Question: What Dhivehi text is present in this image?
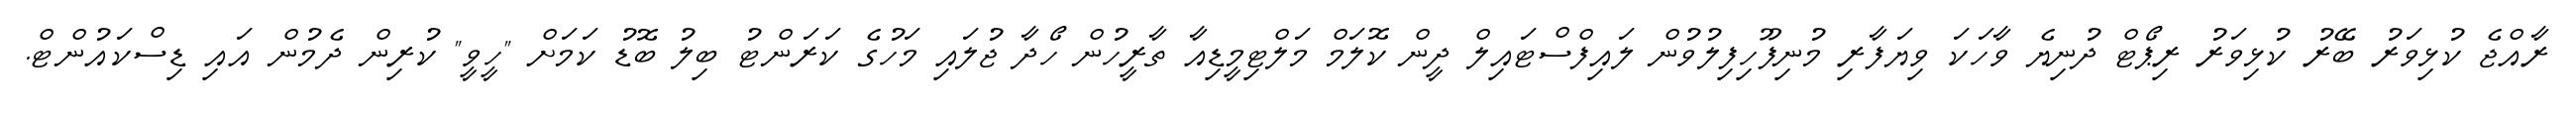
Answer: ރާއްޖެ ކުޅިވަރު ބޭރު ކުޅިވަރު ރިޕޯޓް ދުނިޔެ ވާހަކަ ވިޔަފާރި މުނިފޫހިފިލުވުން ލައިފްސްޓައިލް ދީން ކޮލަމް މަލްޓިމީޑިއާ ތާރީހުން ހޯދާ ޖުލައި މަހުގެ ކަރަންޓު ބިލު ބޮޑު ކަމަށް "ހީވީ" ކުރިން ދެމުން އައި ޑިސްކައުންޓް.